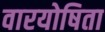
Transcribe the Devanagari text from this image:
वारयोषिता